Civil Veterinary Dept. North-West Frontier Province 1933-46 - 1933-1946
Year: 1933
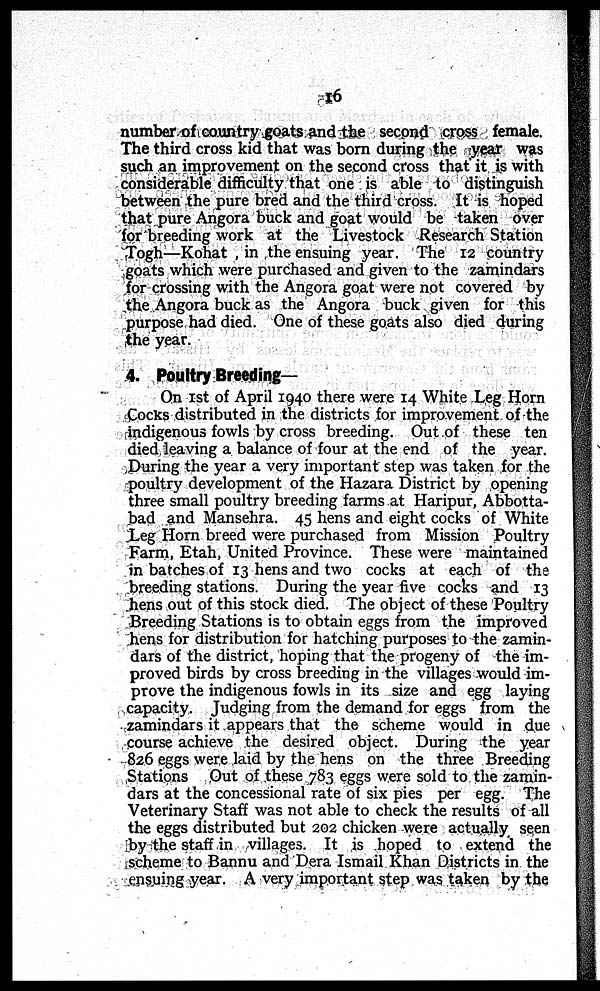
16
number of country goats and the second cross female.
The third cross kid that was born during the year was
such an improvement on the second cross that it is with
considerable difficulty that one is able to distinguish
between the pure bred and the third cross. It is hoped
that pure Angora buck and goat would be taken over
for breeding work at the Livestock Research Station
Togh—Kohat, in the ensuing year. The 12 country
goats which were purchased and given to the zamindars
for crossing with the Angora goat were not covered by
the Angora buck as the Angora buck given for this
purpose had died. One of these goats also died during
the year.
4. Poultry Breeding—
On 1st of April 1940 there were 14 White Leg Horn
Cocks distributed in the districts for improvement of the
indigenous fowls by cross breeding. Out of these ten
died leaving a balance of four at the end of the year.
During the year a very important step was taken for the
poultry development of the Hazara District by opening
three small poultry breeding farms at Haripur, Abbotta-
bad and Mansehra. 45 hens and eight cocks of White
Leg Horn breed were purchased from Mission Poultry
Farm, Etah, United Province. These were maintained
in batches of 13 hens and two cocks at each of the
breeding stations. During the year five cocks and 13
hens out of this stock died. The object of these Poultry
Breeding Stations is to obtain eggs from the improved
hens for distribution for hatching purposes to the zamin-
dars of the district, hoping that the progeny of the im-
proved birds by cross breeding in the villages would im-
prove the indigenous fowls in its size and egg laying
capacity. Judging from the demand for eggs from the
zamindars it appears that the scheme would in due
course achieve the desired object. During the year
826 eggs were laid by the hens on the three Breeding
Stations Out of these 783 eggs were sold to the zamin-
dars at the concessional rate of six pies per egg. The
Veterinary Staff was not able to check the results of all
the eggs distributed but 202 chicken were actually seen
by the staff in villages. It is hoped to extend the
scheme to Bannu and Dera Ismail Khan Districts in the
ensuing year. A very important step was taken by the